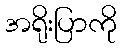
အရိုးပြာကို